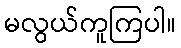
မလွယ်ကူကြပါ။